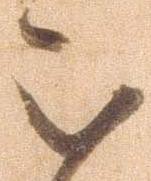
被